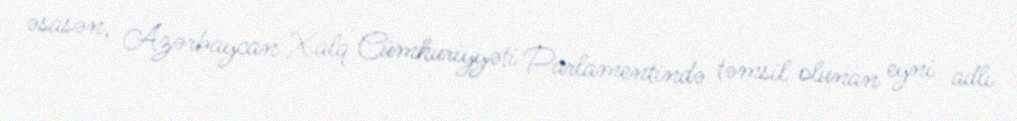
əsasən, Azərbaycan Xalq Cümhuriyyəti Parlamentində təmsil olunan eyni adlı